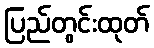
ပြည်တွင်းထုတ်